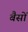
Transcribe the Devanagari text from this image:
बैसों